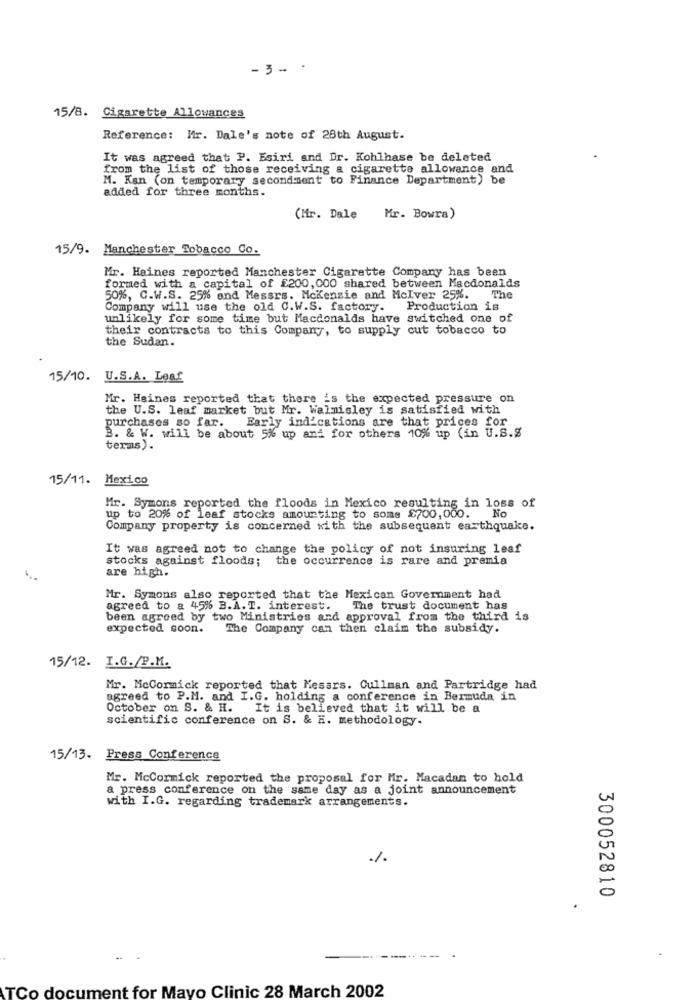
- 3 - .
15/8. Cigarette Allowances
Reference: Mr. Dale's note of 28th August.
It was agreed that P. Esiri and Dr. Kohlhase be deleted
from the list of those receiving a cigarette allowance and
M. Kan (on temporary secondment to Finance Department) be
added for three months.
(Mir. Dale Mr. Bowra)
15/9. Manchester Tobacco Co.
Mr. Haines reported Manchester Cigarette Company has been
formed with a capital of £200, 000 shared between Macdonalds
50%, C.W.S. 25% and Messrs. Mckenzie and McIver 25%. The
Company will use the old C.W.S. factory.
Production is
unlikely for some time but Macdonalds have switched one of
their contracts to this Company, to supply cut tobacco to
the Sudan.
15/10. U.S.A. Leaf
Mr. Haines reported that there is the expected pressure on
the U.S. leaf market but Mr. Walnisley is satisfied with
purchases so far.
Early indications are that prices for
B. & W. will be about 5% up and for others 10% up (in U.S.g
terms).
15/11. Mexico
Mr. Symons reported the floods in Mexico resulting in loss of
up to 20% of leaf stocks amourting to soms $700,000. No
Company property is concerned with the subsequent earthquake.
It was agreed not to change the policy of not insuring leaf
stocks against floods; the occurrence is rare and premia
are high.
Mr. Symons also reported that the Mexican Government had
agreed to a 45% B.A.T. interest. The trust document has
been agreed by two Ministries and approval from the third is
expected soon.
The Company can then claim the subsidy.
15/12. I.G./P.M.
Mr. McCormick reported that Kesars. Cullman and Partridge had
agreed to P.M. and I.G. holding a conference in Bermuda in
October on S. & H. It is believed that it will be a
scientific conference on S. & H. methodology.
15/13. Press Conference
Mr. McCormick reported the proposal for Mr. Macadam to hold
a press conference on the same day as a joint announcement
with I.G. regarding trademark arrangements.
300052810
TCo document for Mayo Clinic 28 March 2002